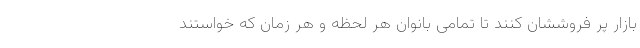
بازار پر فروششان کنند تا تمامی بانوان هر لحظه و هر زمان که خواستند